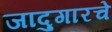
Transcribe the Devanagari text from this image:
जादुगारचे